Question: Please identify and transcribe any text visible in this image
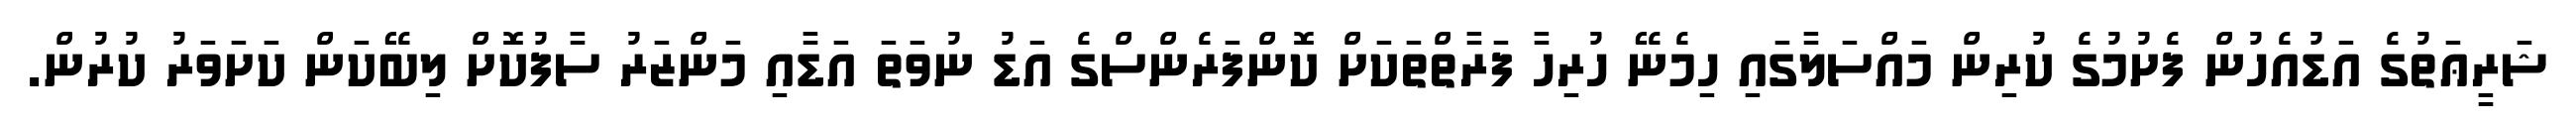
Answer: ޝަރީޢަތުގެ އަޑުއެހުން ފެށުމުގެ ކުރިން މައްސަލާގައި ހިމެނޭ ހުރިހާ ފަރާތްތަކަށް ކޮންފަރެންސްގެ އަޑު ނުވަތަ އަޑާއި މަންޒަރު ސާފުކޮށް ލިބޭކަން ކަށަވަރު ކުރުން.